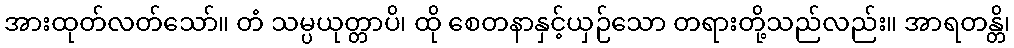
အားထုတ်လတ်သော်။ တံ သမ္ပယုတ္တာပိ၊ ထို စေတနာနှင့်ယှဉ်သော တရားတို့သည်လည်း။ အာရတန္တိ၊